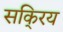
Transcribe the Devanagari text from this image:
सकि्रय